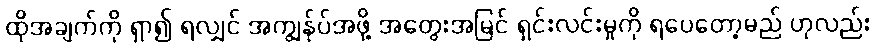
ထိုအချက်ကို ရှာ၍ ရလျှင် အကျွန်ုပ်အဖို့ အတွေးအမြင် ရှင်းလင်းမှုကို ရပေတော့မည် ဟုလည်း